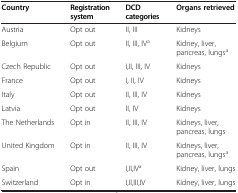
| Country | Registration system | DCD categories | Organs retrieved |
 | --- | --- | --- | --- |
 | Austria | Opt out | II, III | Kidneys |
 | Belgium | Opt out | II, III, IVa | Kidney, liver, pancreas, lungsa |
 | Czech Republic | Opt out | I,II, III, IV | Kidneys |
 | France | Opt out | I, II, IV | Kidneys |
 | Italy | Opt out | II, III, IV | Kidneys |
 | Latvia | Opt out | II, IV | Kidneys |
 | The Netherlands | Opt in | II, III, IV | Kidneys, liver, pancreas, lungs |
 | United Kingdom | Opt in | II, III, IV | Kidneys, liver, pancreas, lungsa |
 | Spain | Opt out | I,II,IVa | Kidney, liver, lungs |
 | Switzerland | Opt in | I,II,III,IV | Kidney, liver, lungs |